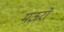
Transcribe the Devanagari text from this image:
मऊरो